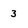
Character: 3